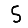
Digit: 5